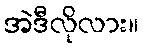
အဲဒီလိုလား။